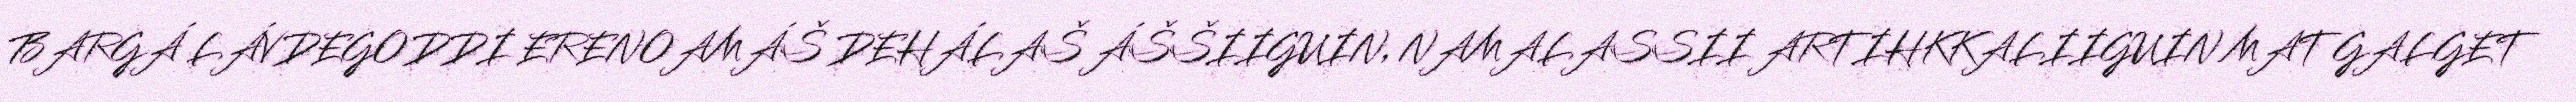
BARGÁ LÁVDEGODDI ERENOAMÁŠ DEHÁLAŠ ÁŠŠIIGUIN, NAMALASSII ARTIHKKALIIGUIN MAT GALGET